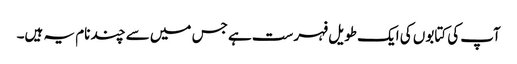
آپ کی کتابوں کی ایک طویل فہرست ہے جس میں سے چند نام یہ ہیں۔